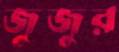
জুজুর